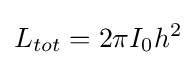
L_{tot}=2\pi I_{0}h^{2}